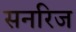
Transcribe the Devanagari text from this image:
सनरिज